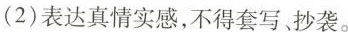
(2)表达真情实感，不得套写、抄袭。